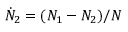
\dot { N } _ { 2 } = ( N _ { 1 } - N _ { 2 } ) / { N }